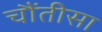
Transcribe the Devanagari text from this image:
चौंतीसा